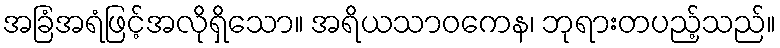
အခြံအရံဖြင့်အလိုရှိသော။ အရိယသာဝကေန၊ ဘုရားတပည့်သည်။